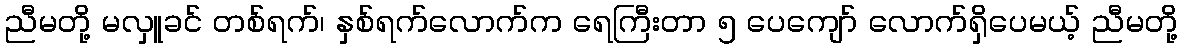
ညီမတို့ မလှူခင် တစ်ရက်၊ နှစ်ရက်လောက်က ရေကြီးတာ ၅ ပေကျော် လောက်ရှိပေမယ့် ညီမတို့